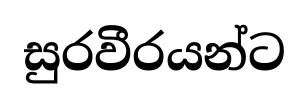
සුරවීරයන්ට